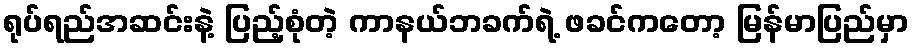
ရုပ်ရည်အဆင်းနဲ့ ပြည့်စုံတဲ့ ကာနယ်ဘခက်ရဲ့ ဖခင်ကတော့ မြန်မာပြည်မှာ